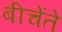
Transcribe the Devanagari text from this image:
बीचेंते